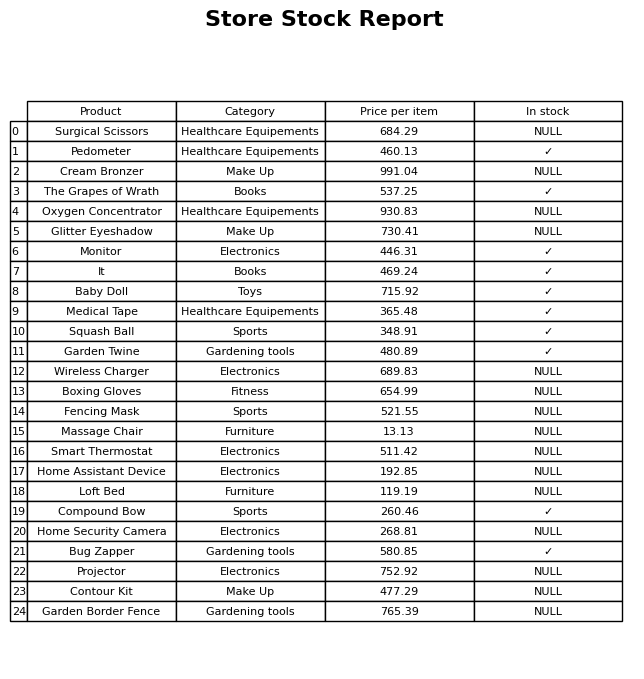
question: What is the price for Loft Bed?
answer: The price of Loft Bed is 119.19.